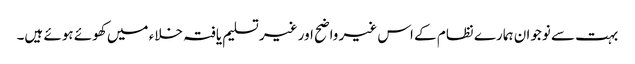
بہت سے نوجوان ہمارے نظام کے اس غیر واضح اور غیر تسلیم یافتہ خلاء میں کھوئے ہوئے ہیں۔